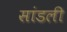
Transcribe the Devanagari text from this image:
सांडली